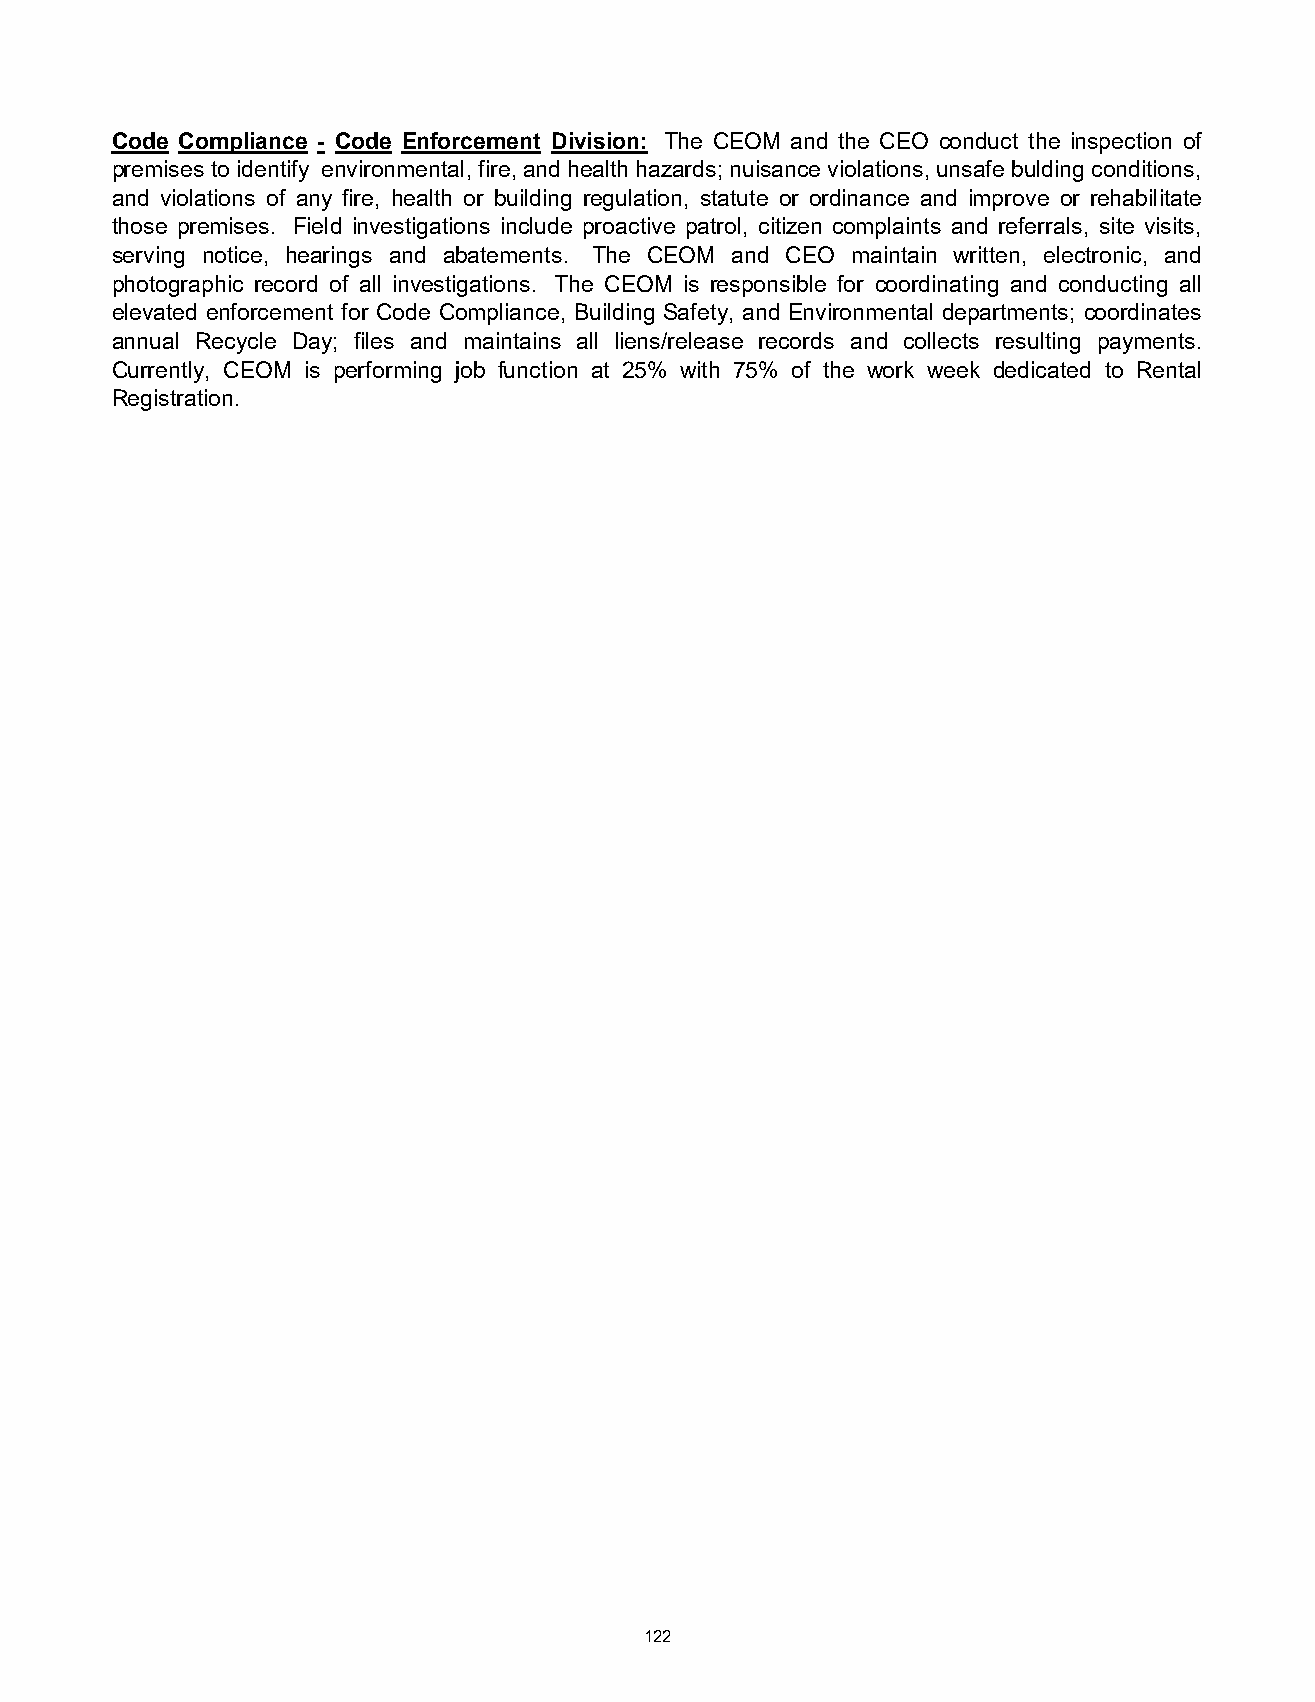
Code Compliance - Code Enforcement Division: The CEOM and the CEO conduct the inspection of
 premises to identify environmental, fire, and health hazards; nuisance violations, unsafe bulding conditions,
 and violations of any fire, health or building regulation, statute or ordinance and improve or rehabilitate
 those premises. Field investigations include proactive patrol, citizen complaints and referrals, site visits,
 serving notice, hearings and abatements. The CEOM and CEO maintain written, electronic, and
 photographic record of all investigations. The CEOM is responsible for coordinating and conducting all
 elevated enforcement for Code Compliance, Building Safety, and Environmental departments; coordinates
 annual Recycle Day; files and maintains all liens/release records and collects resulting payments.
 Currently, CEOM is performing job function at 25% with 75% of the work week dedicated to Rental
 Registration.
 122